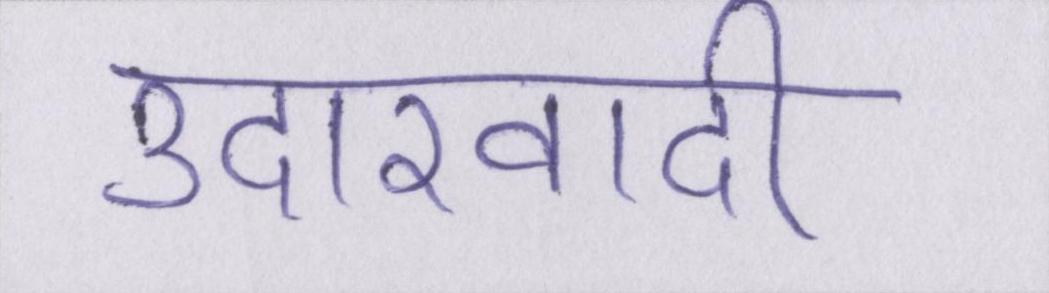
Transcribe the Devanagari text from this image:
उदारवादी